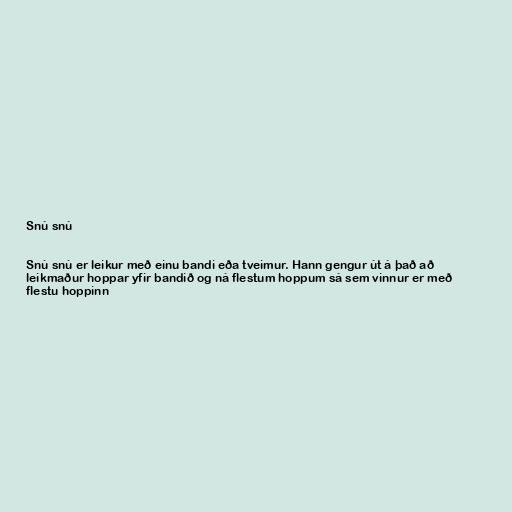
Snú snú

Snú snú er leikur með einu bandi eða tveimur. Hann gengur út á það að
leikmaður hoppar yfir bandið og ná flestum hoppum sá sem vinnur er með
flestu hoppinn